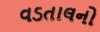
વડતાલનો